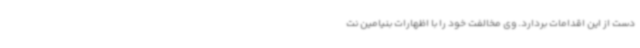
دست از این اقدامات بردارد. وی مخالفت خود را با اظهارات بنیامین نت